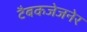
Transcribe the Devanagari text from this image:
टैबकजेजनेर